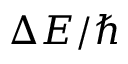
\Delta { E } / \hbar